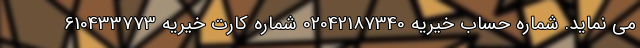
می نماید. شماره حساب خیریه 02042187340 شماره کارت خیریه 610433773